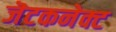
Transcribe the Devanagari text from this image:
जॆटकनेक्ट